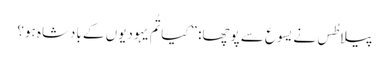
‏ پیلاطُس نے یسوع سے پوچھا:‏ ”‏کیا تُم یہودیوں کے بادشاہ ہو؟